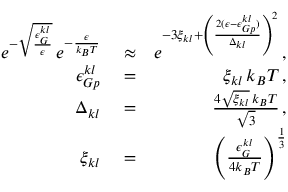
\begin{array} { r l r } { e ^ { - \sqrt { \frac { \epsilon _ { G } ^ { k l } } { \epsilon } } } \, e ^ { - \frac { \epsilon } { k _ { B } T } } } & { { } \approx } & { e ^ { - 3 \xi _ { k l } + \left( \frac { 2 ( \epsilon - \epsilon _ { G p } ^ { k l } ) } { \Delta _ { k l } } \right) ^ { 2 } } \, , } \\ { \epsilon _ { G p } ^ { k l } } & { { } = } & { \xi _ { k l } \, k _ { B } T \, , } \\ { \Delta _ { k l } } & { { } = } & { \frac { 4 \sqrt { \xi _ { k l } } \, k _ { B } T } { \sqrt { 3 } } \, , } \\ { \xi _ { k l } } & { { } = } & { \left( \frac { \epsilon _ { G } ^ { k l } } { 4 k _ { B } T } \right) ^ { \frac { 1 } { 3 } } } \end{array}